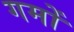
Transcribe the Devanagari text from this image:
गमों